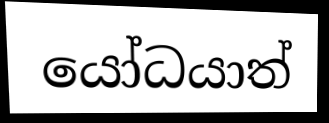
යෝධයාත්